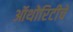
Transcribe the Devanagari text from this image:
ऑथोरिटीचे